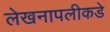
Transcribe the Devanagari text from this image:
लेखनापलीकडे